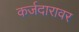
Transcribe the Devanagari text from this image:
कर्जदारावर